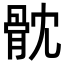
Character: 𩨥